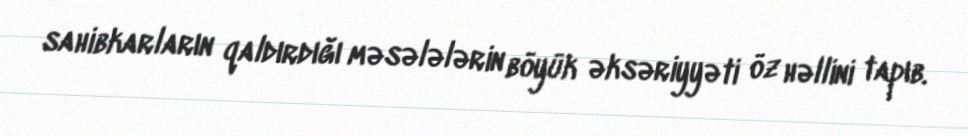
sahibkarların qaldırdığı məsələlərin böyük əksəriyyəti öz həllini tapıb.